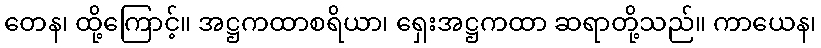
တေန၊ ထို့ကြောင့်။ အဋ္ဌကထာစရိယာ၊ ရှေးအဋ္ဌကထာ ဆရာတို့သည်။ ကာယေန၊